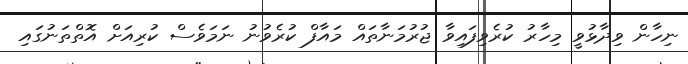
ނިހާން ވިދާޅުވީ މިހާރު ކުރެވިފައިވާ ޖުރުމަނާތައް މައާފް ކުރެވުނު ނަމަވެސް ކުރިއަށް އޮތްތަނުގައި